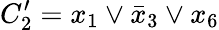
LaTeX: C_{2}^{\prime}=x_{1}\vee\bar{x}_{3}\vee x_{6}